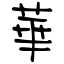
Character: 華